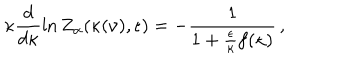
\kappa \frac { d } { d \kappa } \ln Z _ { \alpha } ( \kappa ( \nu ) , \epsilon ) = - \frac { 1 } { 1 + \frac { \epsilon } { \kappa } f ( \kappa ) } \, ,